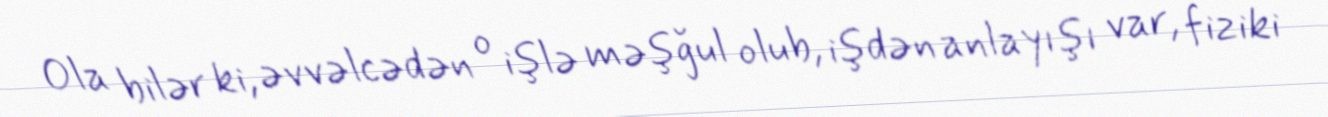
Ola bilər ki, əvvəlcədən o işlə məşğul olub, işdən anlayışı var, fiziki